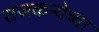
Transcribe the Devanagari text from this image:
राजकन्येच्या